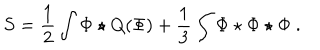
S = \frac { 1 } { 2 } \int \Phi \star Q ( \Phi ) + \frac { 1 } { 3 } \int \Phi \star \Phi \star \Phi \ .